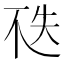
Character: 𠀶